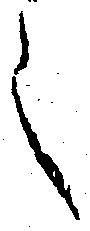
之